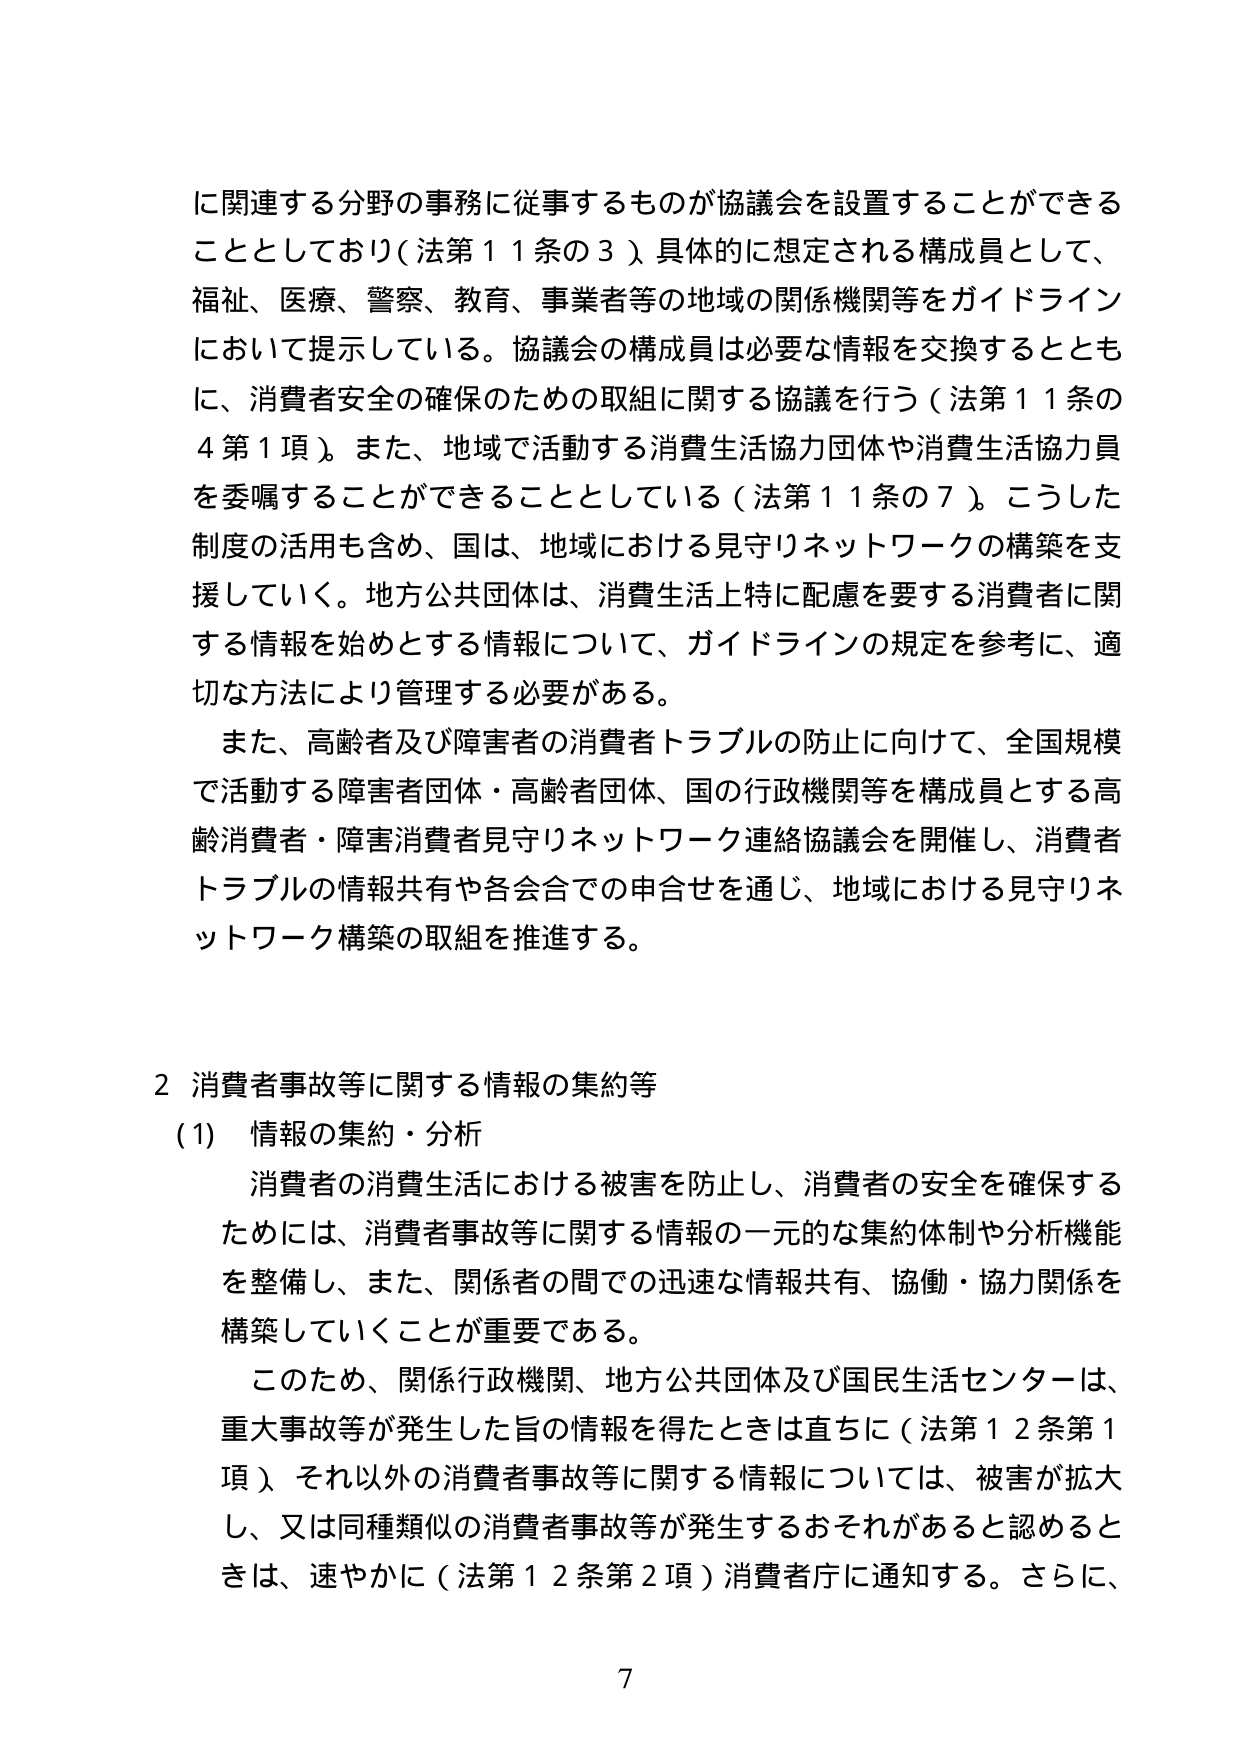
に関連する分野の事務に従事するものが協議会を設置することができる
こととしており（法第11条の3）具体的に想定される構成員として、
福祉、医療、警察、教育、事業者等の地域の関係機関等をガイドライン
において提示している。協議会の構成員は必要な情報を交換するととも
に、消費者安全の確保のための取組に関する協議を行う（法第11条の
4第1項）。また、地域で活動する消費生活協力団体や消費生活協力員
を委嘱することができることとしている（法第11条の7）。こうした
制度の活用も含め、国は、地域における見守りネットワークの構築を支
援していく。地方公共団体は、消費生活上特に配慮を要する消費者に関
する情報を始めとする情報について、ガイドラインの規定を参考に、適
切な方法により管理する必要がある。
また、高齢者及び障害者の消費者トラブルの防止に向けて、全国規模
で活動する障害者団体・高齢者団体、国の行政機関等を構成員とする高
齢消費者・障害消費者見守りネットワーク連絡協議会を開催し、消費者
トラブルの情報共有や各会合での申合せを通じ、地域における見守りネ
ットワーク構築の取組を推進する。

2 消費者事故等に関する情報の集約等
(1) 情報の集約・分析
消費者の消費生活における被害を防止し、消費者の安全を確保する
ためには、消費者事故等に関する情報の一元的な集約体制や分析機能
を整備し、また、関係者の間での迅速な情報共有、協働・協力関係を
構築していくことが重要である。
このため、関係行政機関、地方公共団体及び国民生活センターは、
重大事故等が発生した旨の情報を得たときは直ちに（法第12条第1
項）、それ以外の消費者事故等に関する情報については、被害が拡大
し、又は同種類似の消費者事故等が発生するおそれがあると認めると
きは、速やかに（法第12条第2項）消費者庁に通知する。さらに、
7